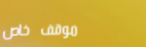
موقف خاص